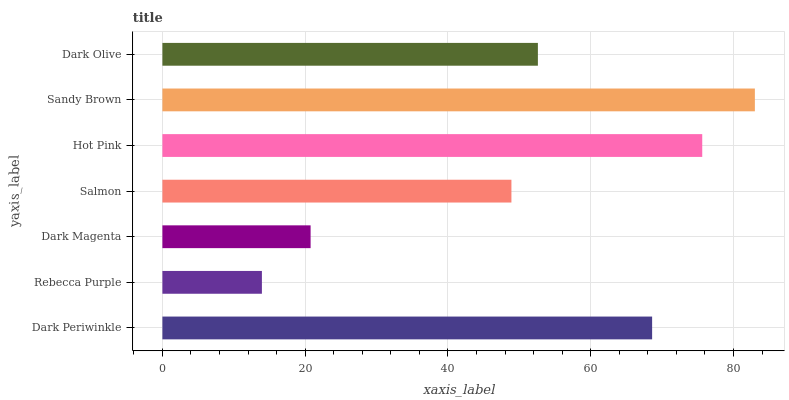
| yaxis_label | bars |
 | --- | --- |
 | Dark Periwinkle | 68.6 |
 | Rebecca Purple | 13.9 |
 | Dark Magenta | 20.8 |
 | Salmon | 48.9 |
 | Hot Pink | 75.6 |
 | Sandy Brown | 83 |
 | Dark Olive | 52.6 |